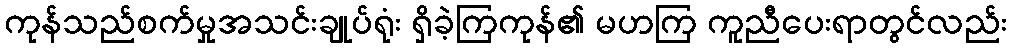
ကုန်သည်စက်မှုအသင်းချုပ်ရုံး ရှိခဲ့ကြကုန်၏ မဟကြ ကူညီပေးရာတွင်လည်း